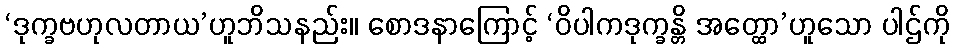
‘ဒုက္ခဗဟုလတာယ’ဟူဘိသနည်း။ စောဒနာကြောင့် ‘ဝိပါကဒုက္ခန္တိ အတ္ထော’ဟူသော ပါဌ်ကို